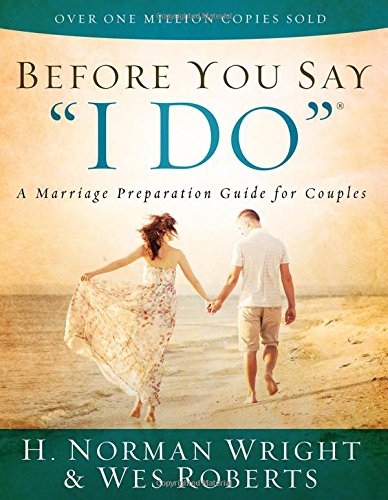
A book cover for Before You Say "I Do": A Marriage Preparation Guide for Couples; H. Norman Wright; Christian Books & Bibles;